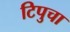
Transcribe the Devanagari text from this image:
टिपुचा